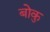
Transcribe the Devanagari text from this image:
बोकु